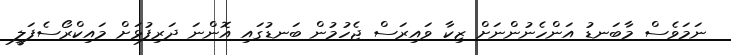
ނަމަވެސް މާބަނޑު އަންހެނުންނަށް ޒިކާ ވައިރަސް ޖެހުމުން ބަނޑުގައި އޮންނަ ދަރިފުޅަށް މައިކްރޯސެފަލީ